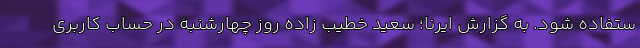
ستفاده شود. به گزارش ایرنا؛ سعید خطیب زاده روز چهارشنبه در حساب کاربری